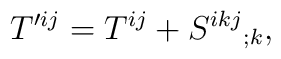
T^{\prime i j} = T^{i j} + S^{i k j}{}_{;k},